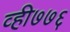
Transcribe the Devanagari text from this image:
व्ही७७६